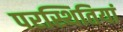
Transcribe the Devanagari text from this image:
परस्थितियां